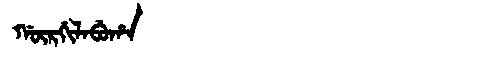
Manchu: ᡤᡡᡵᡤᡳᠯᠠᠪᡠᡥᠠ
Romanization: GŪRGILABUHA